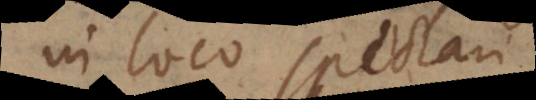
in loco spectari